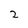
Character: 2